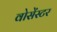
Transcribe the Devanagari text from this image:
वोसेंस्टर